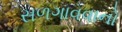
સળગાવવાનો